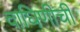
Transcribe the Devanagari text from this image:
वाघिणीची